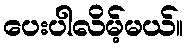
ပေးပါလိမ့်မယ်။